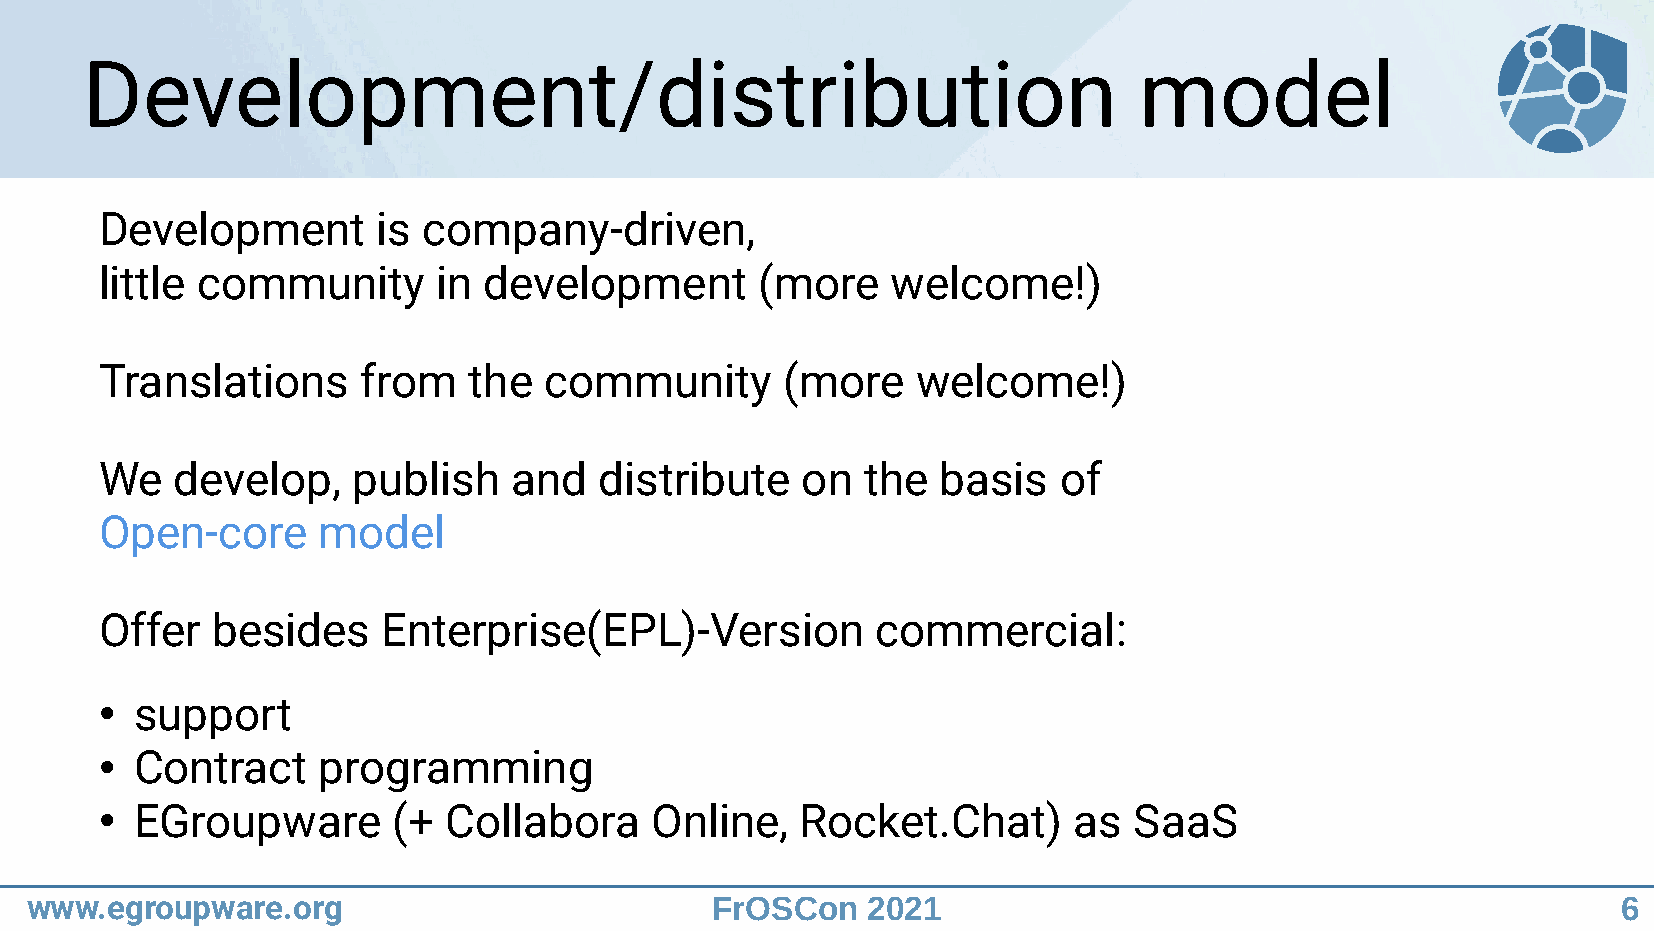
Development/distribution                                              model
 Development       is company-driven,
 little community      in development       (more    welcome!)
 Translations     from   the  community       (more    welcome!)
 We   develop,   publish    and   distribute   on  the  basis   of
 Open-core     model
 Offer  besides    Enterprise(EPL)-Version          commercial:
 support
 ●
 Contract    programming
 ●
 EGroupware       (+  Collabora    Online,   Rocket.Chat)      as  SaaS
 ●
 www.egroupware.org                           FrOSCon   2021                                              6